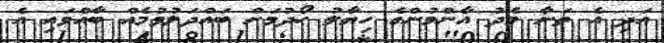
އަދި އެ ތަނާ މެދު އާންމުންގެ ހިޔާލު ހޯދުމަށް ބައްދަލުވުމެއް ބާއްވައި އެ